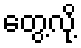
တွေ့လို့